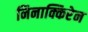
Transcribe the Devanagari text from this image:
निनाक्किरेन